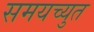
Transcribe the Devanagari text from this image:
समयच्युत